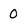
Character: 0